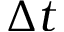
\Delta t